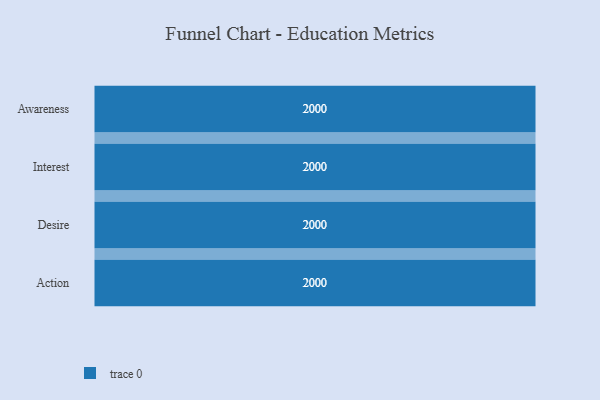
{"axis": {"x": "Stage", "y": "Value"}, "legend": [""], "data": [{"x": "Awareness", "y": 2000, "type": ""}, {"x": "Interest", "y": 2000, "type": ""}, {"x": "Desire", "y": 2000, "type": ""}, {"x": "Action", "y": 2000, "type": ""}]}